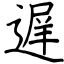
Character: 遅